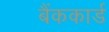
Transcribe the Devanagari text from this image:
बैंककार्ड